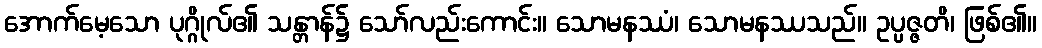
အောက်မေ့သော ပုဂ္ဂိုလ်၏ သန္တာန်၌ သော်လည်းကောင်း။ သောမနဿံ၊ သောမနဿသည်။ ဥပ္ပဇ္ဇတိ၊ ဖြစ်၏။